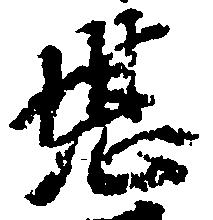
堪